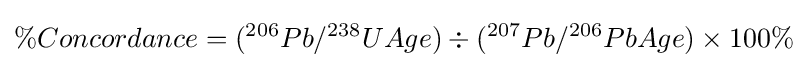
\%Concordance=(^{206}Pb/^{238}UAge)\div (^{207}Pb/^{206}PbAge)\times 100\%